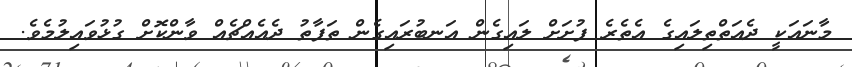
މާނައަކީ ދެއަތްތިލައިގެ އެތެރެ ފުށަށް ލައިގެން އަނބުރައިގެން ތަފާތު ދެއެއްޗެއް ވާންކޮށް ގުޅުވައިލުމެވެ.